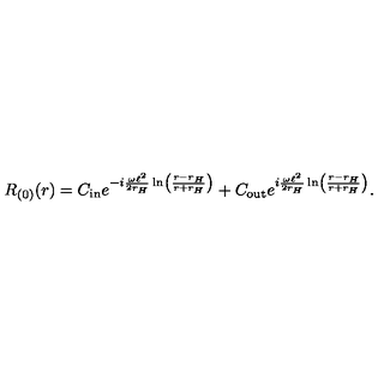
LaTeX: R _ { ( 0 ) } ( r ) = C _ { \mathrm { i n } } e ^ { - i \frac { \omega \ell ^ { 2 } } { 2 r _ { H } } \ln \left( \frac { r - r _ { H } } { r + r _ { H } } \right) } + C _ { \mathrm { o u t } } e ^ { i \frac { \omega \ell ^ { 2 } } { 2 r _ { H } } \ln \left( \frac { r - r _ { H } } { r + r _ { H } } \right) } .